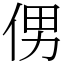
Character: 侽